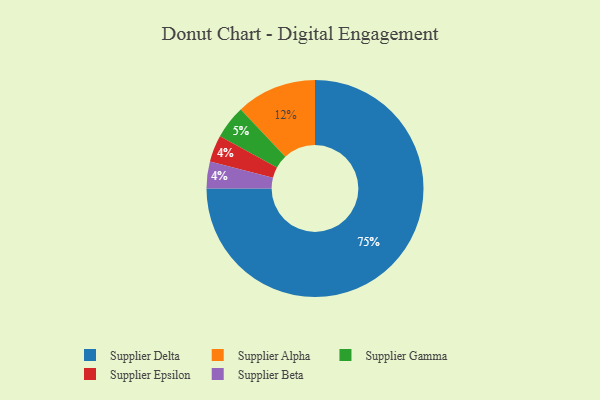
{"axis": {"x": "Category", "y": "Percentage"}, "legend": ["Supplier Alpha", "Supplier Beta", "Supplier Delta", "Supplier Epsilon", "Supplier Gamma"], "data": [{"x": "Supplier Alpha", "y": 12, "type": "Supplier Alpha"}, {"x": "Supplier Epsilon", "y": 4, "type": "Supplier Epsilon"}, {"x": "Supplier Beta", "y": 4, "type": "Supplier Beta"}, {"x": "Supplier Delta", "y": 75, "type": "Supplier Delta"}, {"x": "Supplier Gamma", "y": 5, "type": "Supplier Gamma"}]}